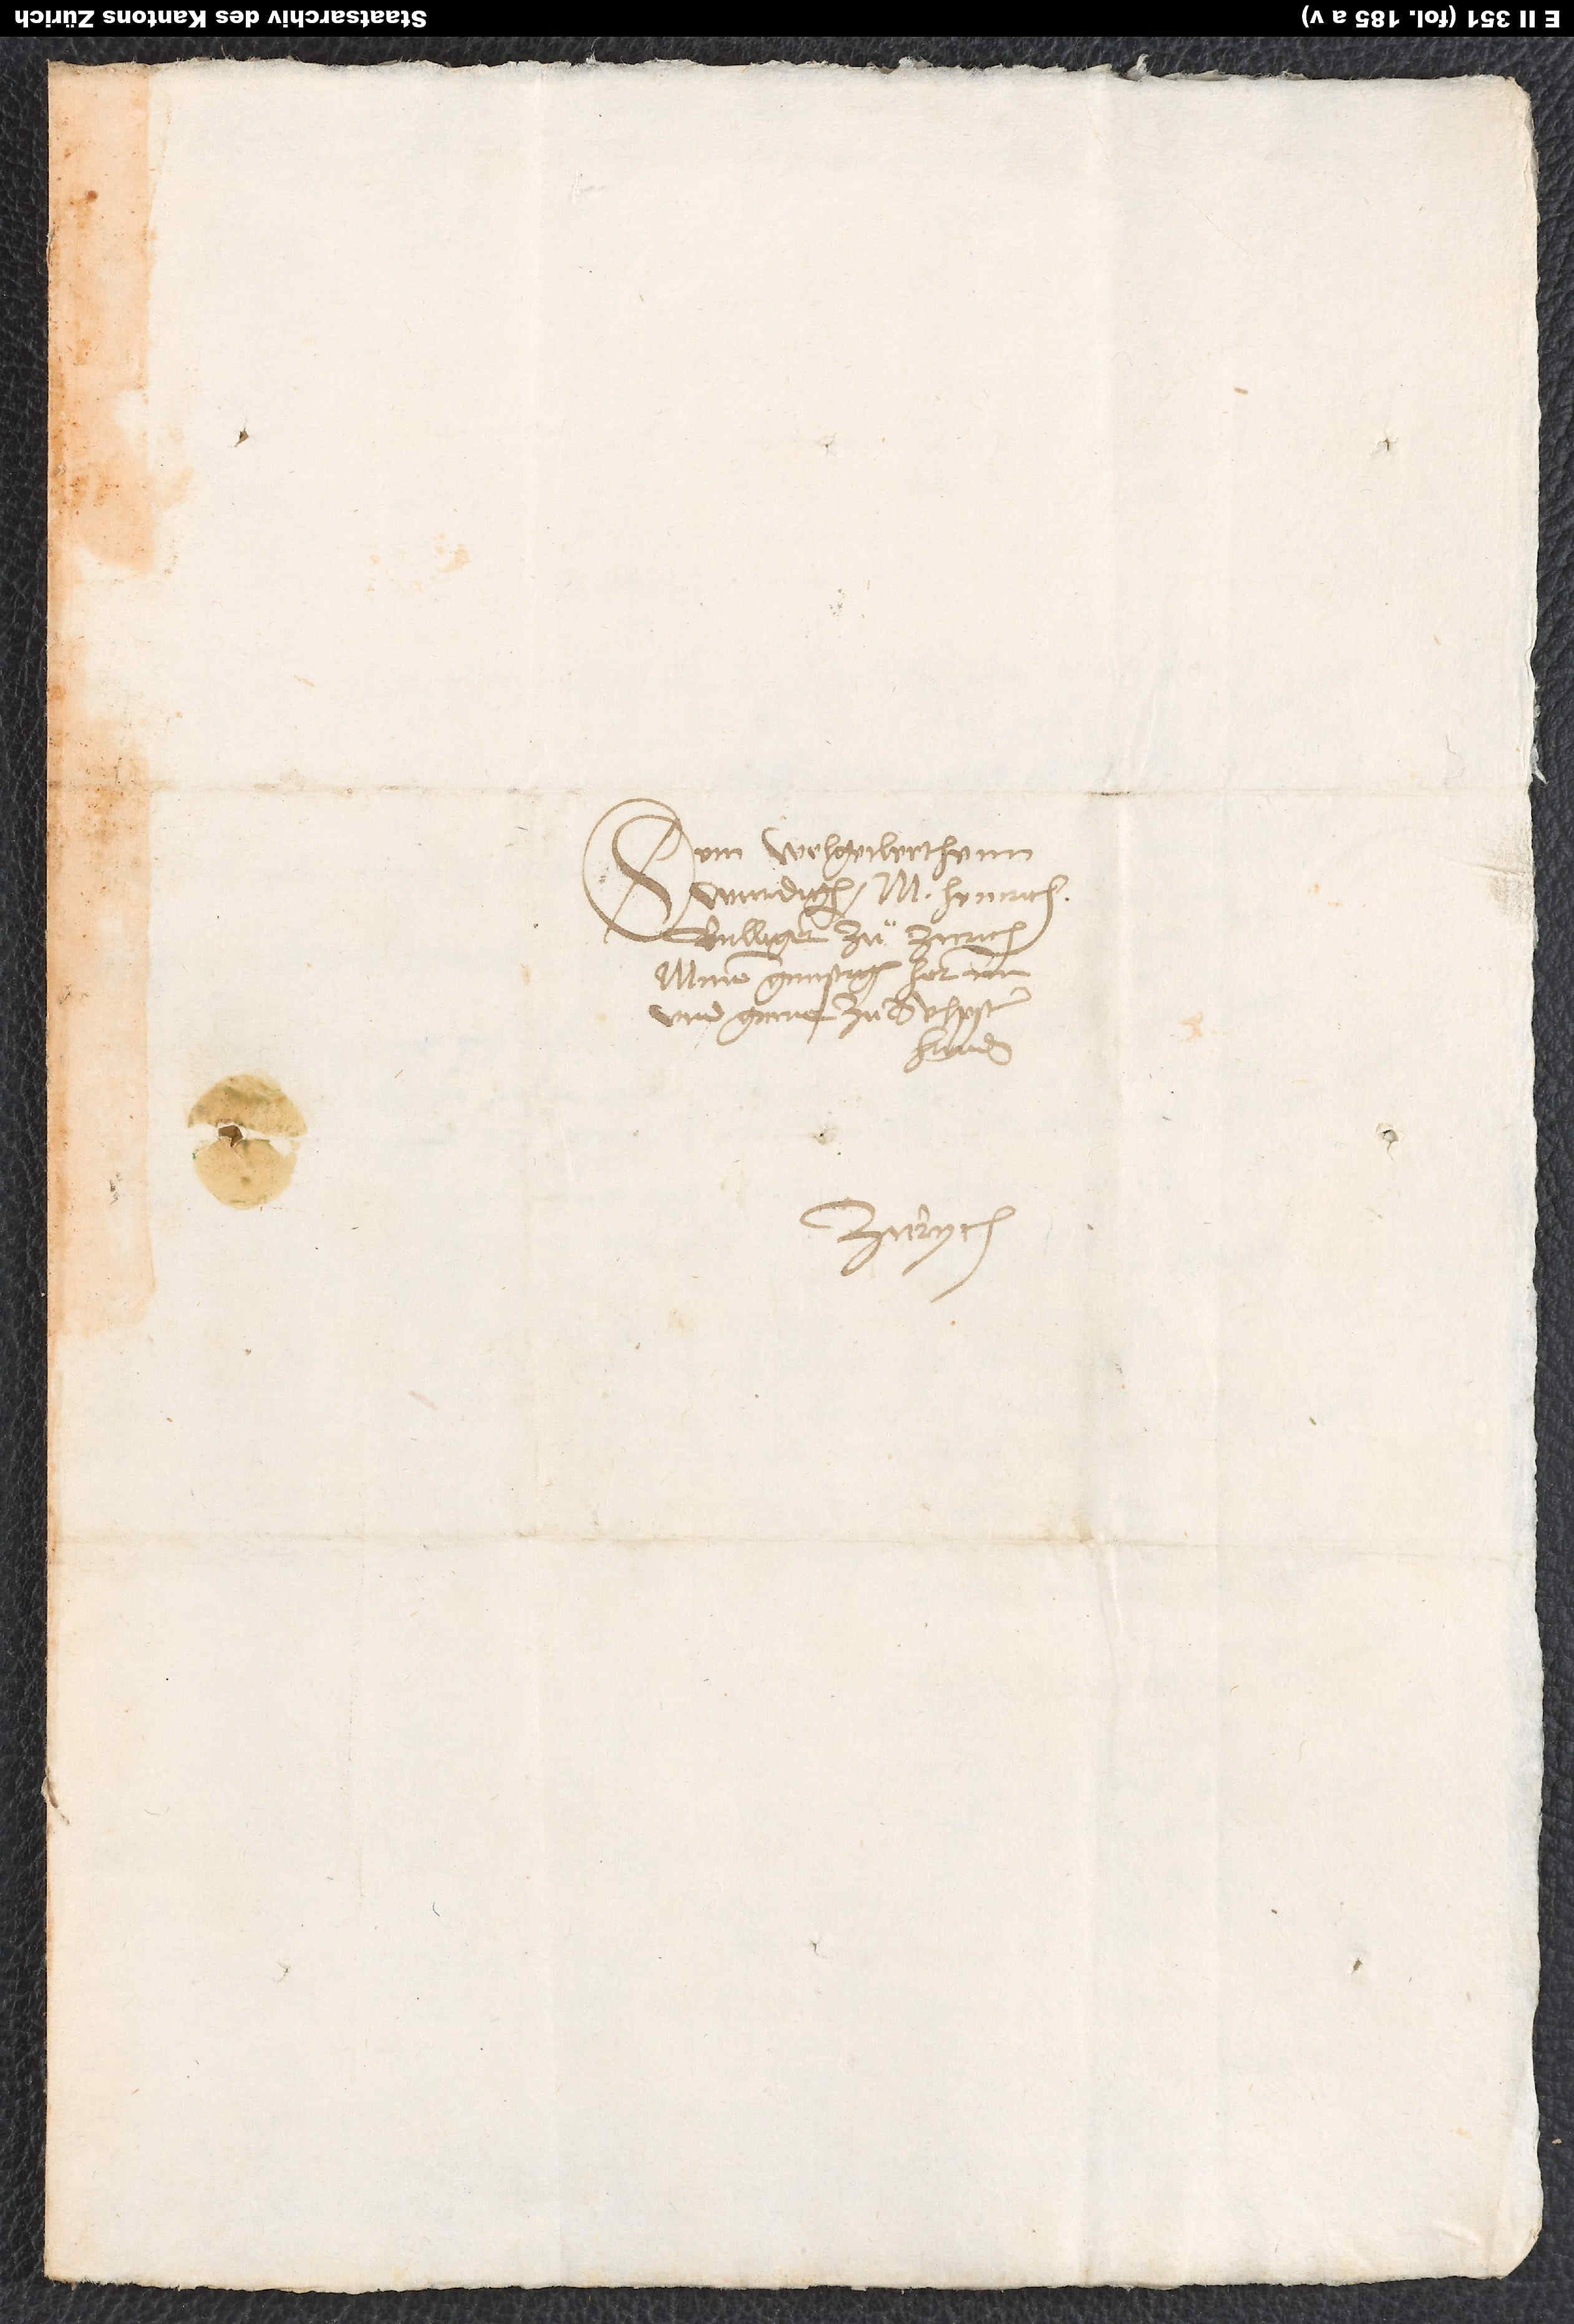
Dem wolgeclerthenn,
wurdigen m. Henrich
Bulligern zuͦ Zurich,
minem gunstigen hernn
und guner zu selpster
handen.